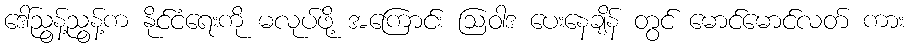
ဒေါ်ညွန့်ညွန့်က နိုင်ငံရေးကို မလုပ်ဖို့ အကြောင်း ဩဝါဒ ပေးနေချိန် တွင် မောင်မောင်လတ် ကား